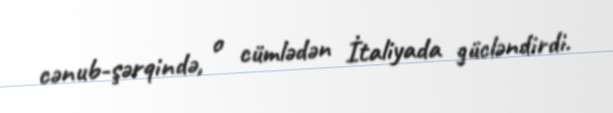
cənub-şərqində, o cümlədən İtaliyada gücləndirdi.